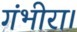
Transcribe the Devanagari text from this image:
गंभीरा।